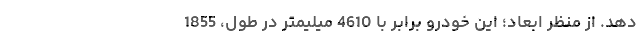
دهد. از منظر ابعاد؛ این خودرو برابر با 4610 میلیمتر در طول، 1855